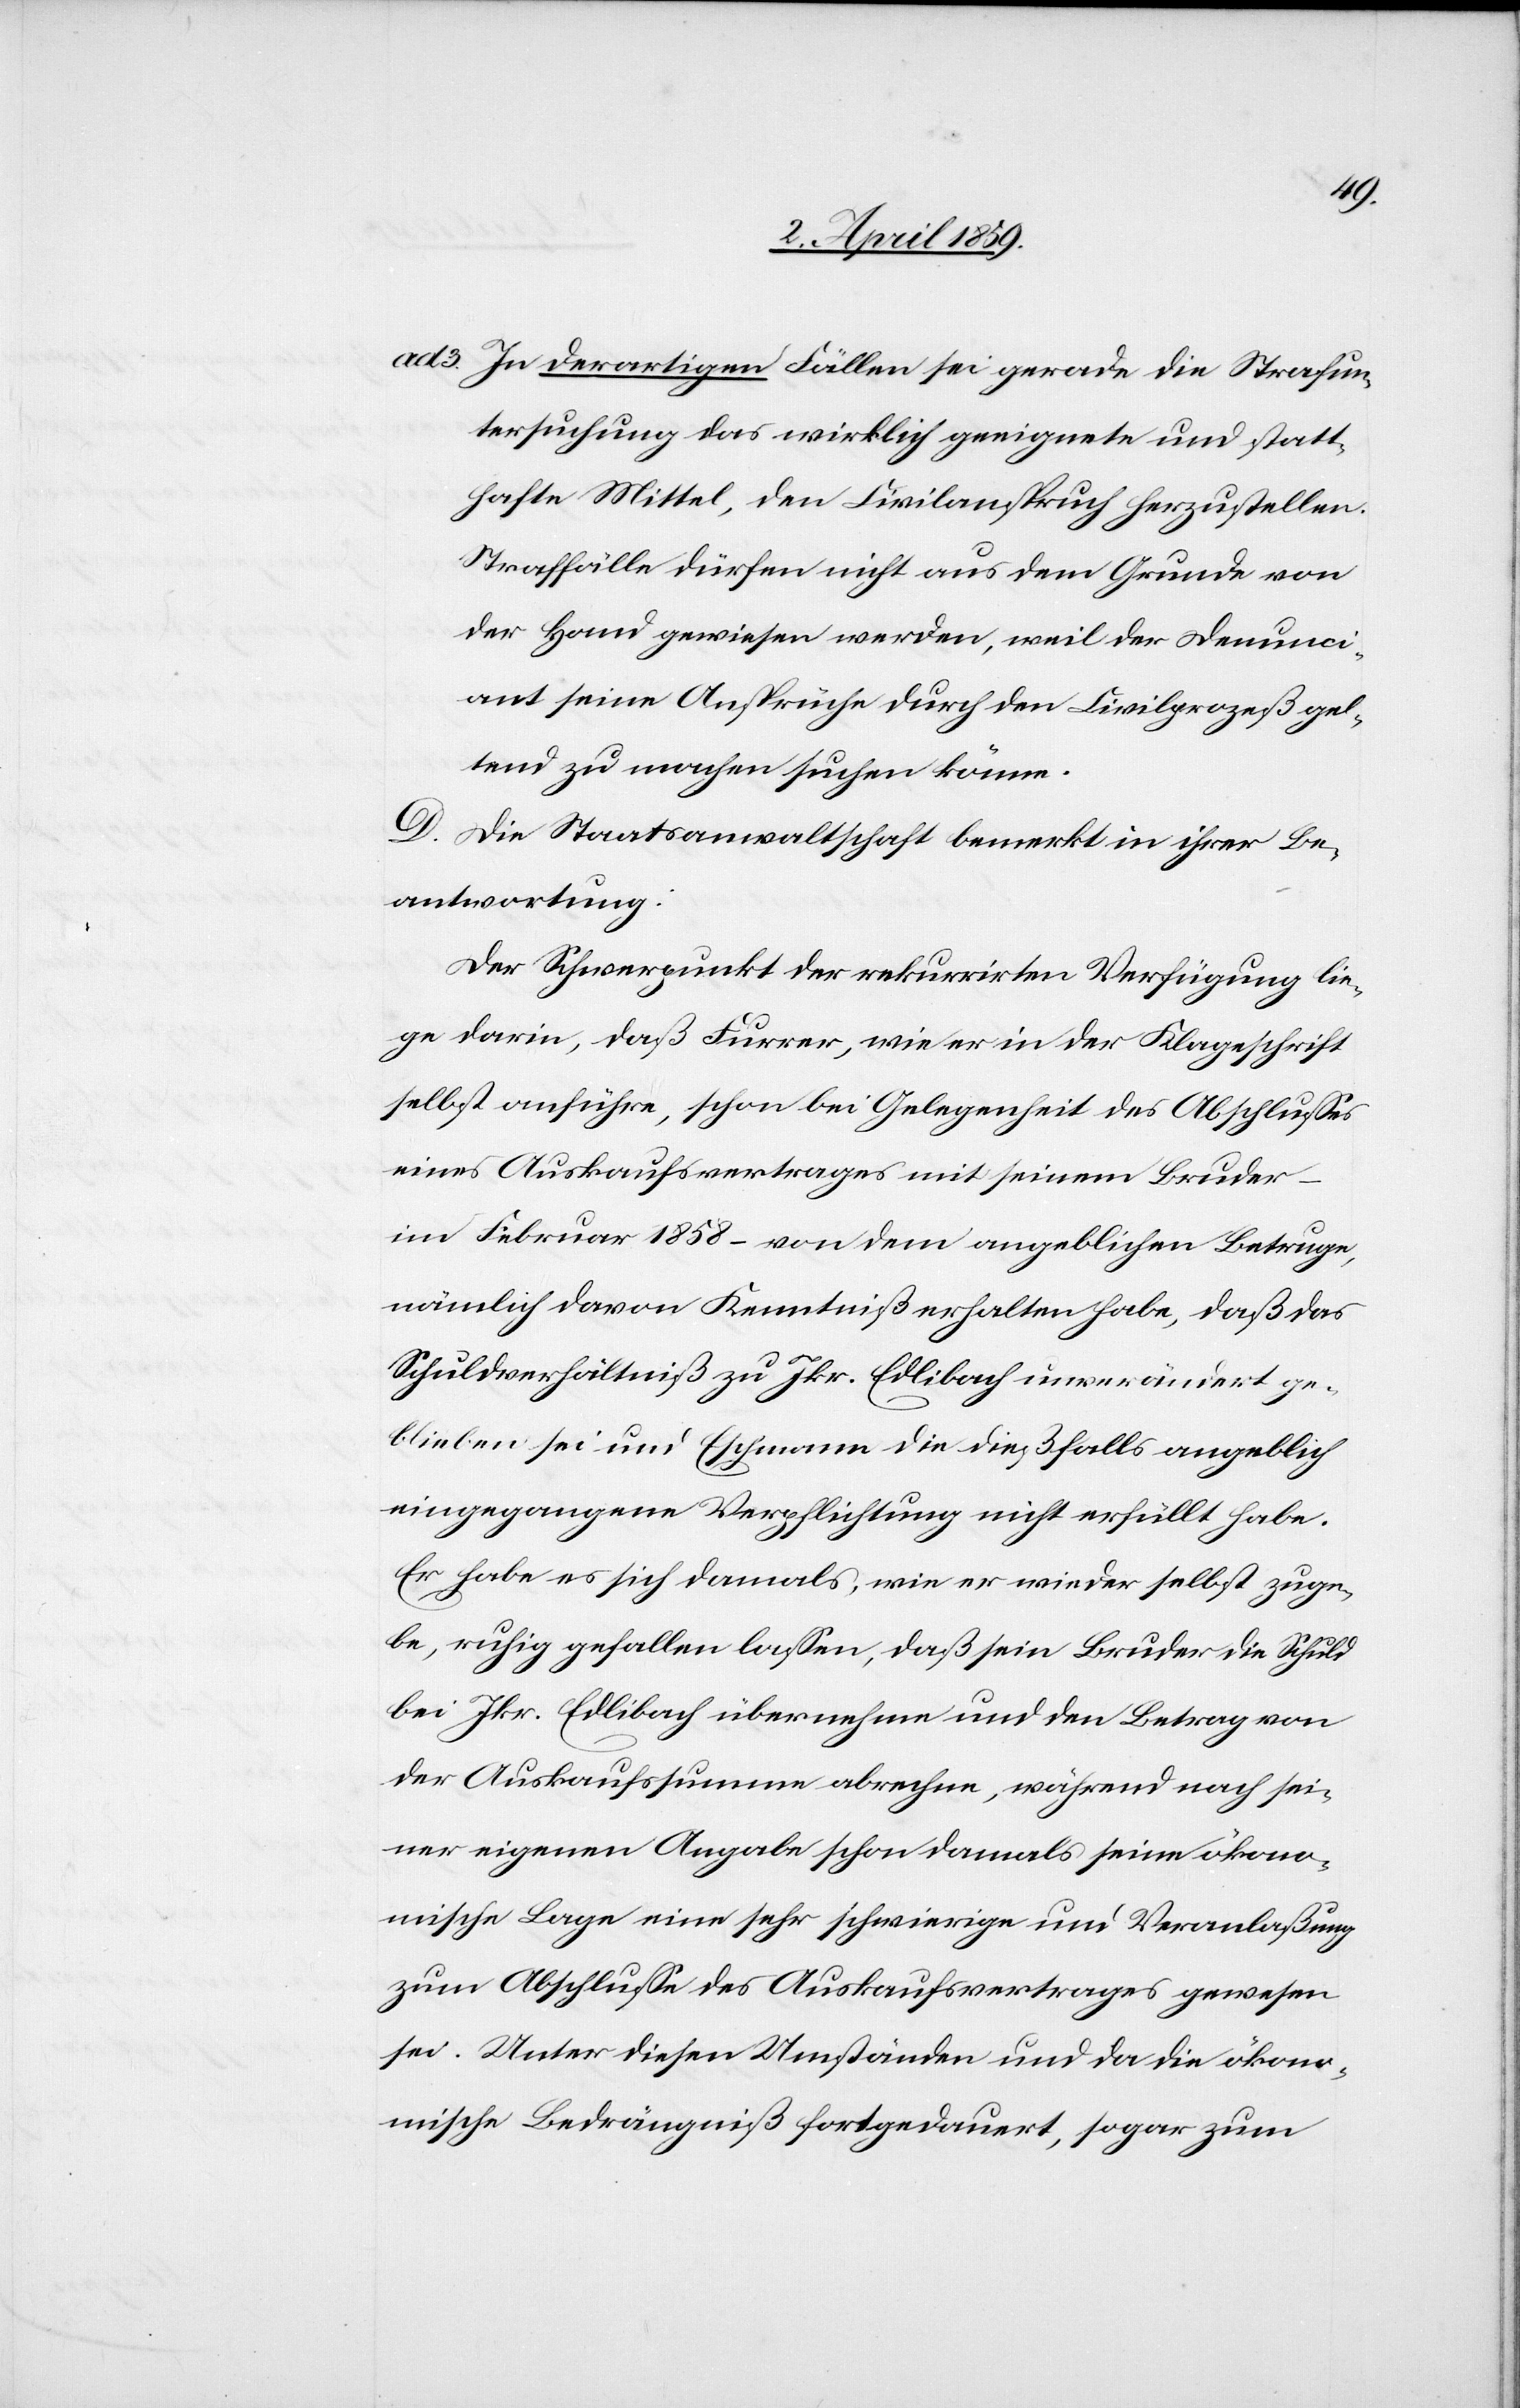
ad 3.	In derartigen Fällen sei gerade die Strafun¬
tersuchung das wirkliche geeignete und statt¬
hafte Mittel, den Civilanspruch herzustellen.
Straffälle dürfen nicht aus dem Grunde von
der Hand gewiesen werden, weil der Denunci¬
ant seine Ansprüche durch den Civilprozeß gel¬
tend zu machen suchen könne.
D. Die Staatsanwaltschaft bemerkt in ihrer Be¬
antwortung:
Der Schwerpunkt der rekurrirten Verfügung lie¬
ge darin, daß Furrer, wie er in der Klageschrift
selbst anführe, schon bei Gelegenheit des Abschlußes
eines Auskaufsvertrages mit seinem Bruder –
im Februar 1858 – von dem angeblichen Betruge,
nämlich davon Kenntniß erhalten habe, daß das
Schuldverhältniß zu Jkr. Edlibach unverändert ge¬
blieben sei und Eschmann die dießfalls angeblich
eingegangene Verpflichtung nicht erfüllt habe.
Er habe es sich damals, wie er wieder selbst zuge¬
be, ruhig gefallen laßen, daß sein Bruder die Schuld
bei Jkr. Edlibach übernehme und den Betrag von
der Auskaufssumme abrechne, während nach sei¬
ner eigenen Angabe schon damals seine ökono¬
mische Lage eine sehr schwierige und Veranlaßung
zum Abschluße des Auskaufsvertrages gewesen
sei. Unter diesen Umständen und da die ökono¬
mische Bedrängniß fortgedauert, sogar zum